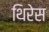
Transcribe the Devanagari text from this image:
थिरेस